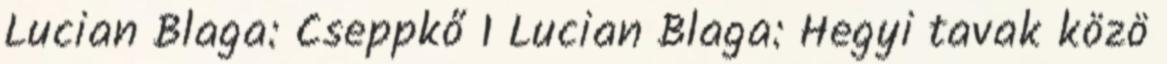
Lucian Blaga: Cseppkő 1 Lucian Blaga: Hegyi tavak közö